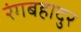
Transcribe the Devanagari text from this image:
रंगबहादुर